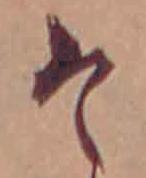
そ